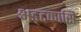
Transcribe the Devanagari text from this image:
अड्टकासि